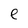
Character: e